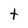
Character: t